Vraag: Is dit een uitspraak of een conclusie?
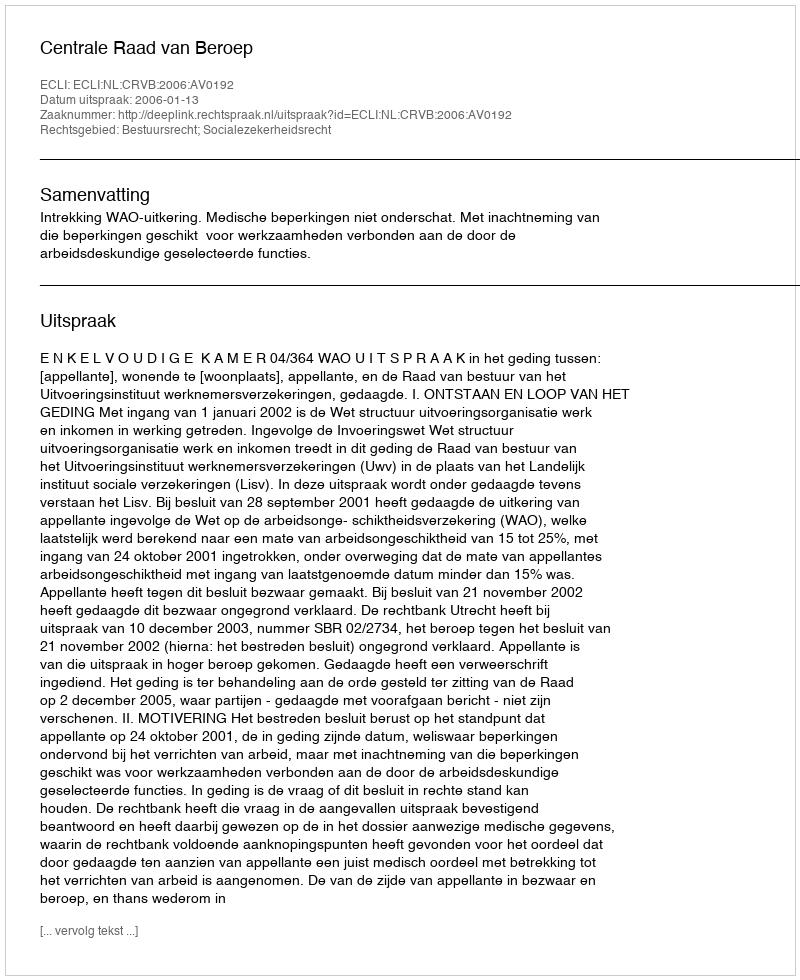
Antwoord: Uitspraak